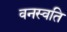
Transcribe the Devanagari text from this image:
वनस्वति